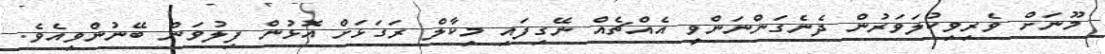
މޫނަށް ވެރިވިކުލަވަރުން ދެނެގަންނަންވީ އެއްޗެއް ނޭގިފައި މިކާލް ރަގަޅަށް އޮޅުން ފިލުވަން ބޭނުންވިއެވެ.